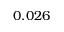
0 . 0 2 6